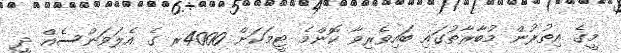
މީގެ އިތުރުން މުބާރާތުގައި ބައިވެރިވާ ކޮންމެ ޓީމަކަށް 4000ރ ގެ އެލަވަންސެއް ދީ